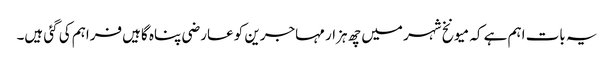
یہ بات اہم ہے کہ میونخ شہر میں چھ ہزار مہاجرین کو عارضی پناہ گاہیں فراہم کی گئی ہیں۔